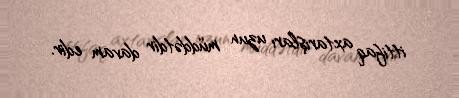
ittifaq axtarışları uzun müddətdir davam edir.